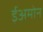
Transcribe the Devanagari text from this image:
ईअमोन